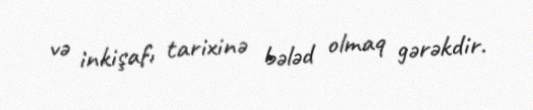
və inkişafı tarixinə bələd olmaq gərəkdir.